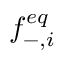
f _ { - , i } ^ { e q }